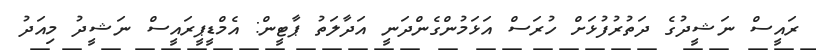
ރައީސް ނަޝީދުގެ ދަތުރުފުޅަށް ހުރަސް އަޅަމުންގެންދަނީ އަދާލަތު ޕާޓީން: އެމްޑީޕީރައީސް ނަޝީދު މިއަދު